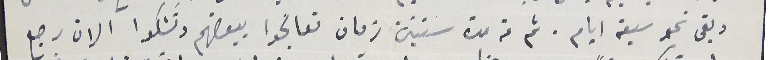
وبقى نحو سبعة ايام. ثم من مدة سنتين زمان تعالجوا ببعضهم وتشكوا الان رجع